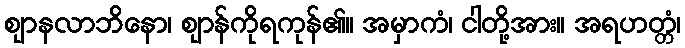
ဈာနလာဘိနော၊ ဈာန်ကိုရကုန်၏။ အမှာကံ၊ ငါတို့အား။ အရဟတ္တံ၊